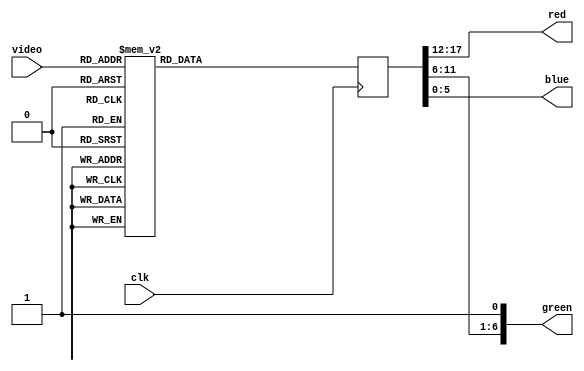
// Graphics Gremlin
//
// Copyright (c) 2021 Eric Schlaepfer
// This work is licensed under the Creative Commons Attribution-ShareAlike 4.0
// International License. To view a copy of this license, visit
// http://creativecommons.org/licenses/by-sa/4.0/ or send a letter to Creative
// Commons, PO Box 1866, Mountain View, CA 94042, USA.
//
module cga_vgaport(
    input clk,

    input[3:0] video,

    // Analog outputs
    output[5:0] red,
    output[6:0] green,
    output[5:0] blue
    );

    reg[17:0] c;

    assign blue = c[5:0];
    assign green = {c[11:6], 1'b1}; // FIXME: 1?
    assign red = c[17:12];

    always @(posedge clk)
    begin
        case(video)
            4'h0: c <= 18'b000000_000000_000000;
            4'h1: c <= 18'b000000_000000_101010;
            4'h2: c <= 18'b000000_101010_000000;
            4'h3: c <= 18'b000000_101010_101010;
            4'h4: c <= 18'b101010_000000_000000;
            4'h5: c <= 18'b101010_000000_101010;
            4'h6: c <= 18'b101010_010101_000000; // Brown!
            4'h7: c <= 18'b101010_101010_101010;
            4'h8: c <= 18'b010101_010101_010101;
            4'h9: c <= 18'b010101_010101_111111;
            4'hA: c <= 18'b010101_111111_010101;
            4'hB: c <= 18'b010101_111111_111111;
            4'hC: c <= 18'b111111_010101_010101;
            4'hD: c <= 18'b111111_010101_111111;
            4'hE: c <= 18'b111111_111111_010101;
            4'hF: c <= 18'b111111_111111_111111;
            default: ;
        endcase
    end
endmodule